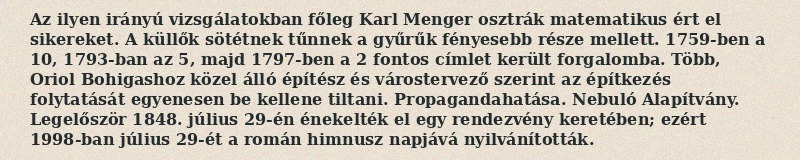
Az ilyen irányú vizsgálatokban főleg Karl Menger osztrák matematikus ért el sikereket. A küllők sötétnek tűnnek a gyűrűk fényesebb része mellett. 1759-ben a 10, 1793-ban az 5, majd 1797-ben a 2 fontos címlet került forgalomba. Több, Oriol Bohigashoz közel álló építész és várostervező szerint az építkezés folytatását egyenesen be kellene tiltani. Propagandahatása. Nebuló Alapítvány. Legelőször 1848. július 29-én énekelték el egy rendezvény keretében; ezért 1998-ban július 29-ét a román himnusz napjává nyilvánították.